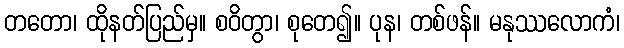
တတော၊ ထိုနတ်ပြည်မှ။ စဝိတွာ၊ စုတေ၍။ ပုန၊ တစ်ဖန်။ မနုဿလောကံ၊